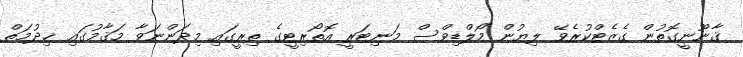
ޤާނޫނީގޮތުން ގެޒެޓްކުރެވޭ ލިޔުން މޯލްޑިވްސް މަނިޓަރީ އޮތޯރިޓީގެ ތިރީގައި މިދަންނަވާ މަޤާމުގައި ޚިދުމަތް